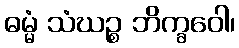
ဓမ္မံ သံဃဉ္စ ဘိက္ခဝေါ၊